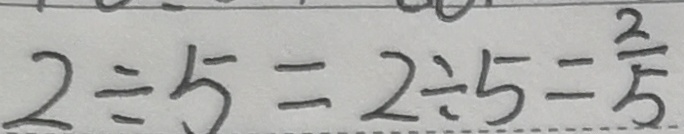
2 \div 5 = 2 \div 5 = \frac { 2 } { 5 }